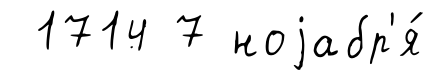
1714 7 ноjабр'я́